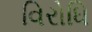
વિરોધિ